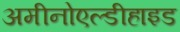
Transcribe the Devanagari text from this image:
अमीनोएल्डीहाइड